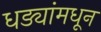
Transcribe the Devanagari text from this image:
धड्यांमधून